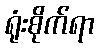
ရုံးစိုက်ရာ